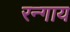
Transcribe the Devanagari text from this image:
रन्गाय